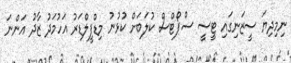
ނިމިދިޔަ ސީޒަނިގައި ޓީސީ ސްޕޯޓްސް ކުލަބަށް ކުޅުނު މިޑްފީލްޑަރު އަހުމަދު ޒާދު އަންނަ